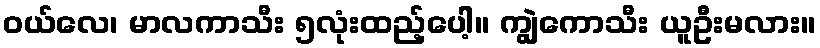
ဝယ်လေ၊ မာလကာသီး ၅လုံးထည့်ပေါ့။ ကျွဲကောသီး ယူဦးမလား။